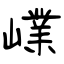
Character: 嶫